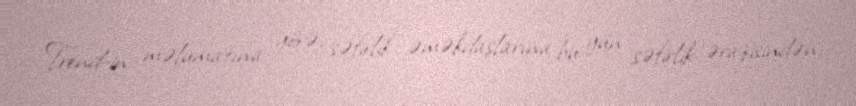
Trend-in məlumatına görə, səfirlik əməkdaşlarına bu gün səfirlik ərazisindən